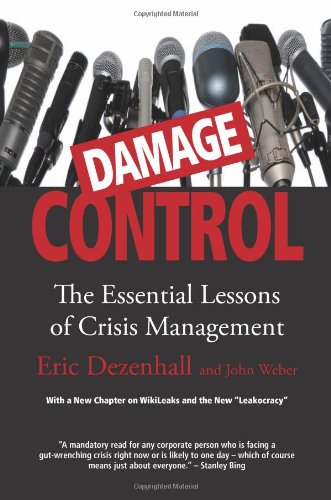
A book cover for Damage Control (Revised & Updated): The Essential Lessons of Crisis Management; Eric Dezenhall; Business & Money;